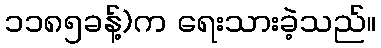
၁၁၈၅ခန့်)က ရေးသားခဲ့သည်။